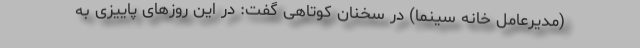
(مدیرعامل خانه سینما) در سخنان کوتاهی گفت: در این روزهای پاییزی به